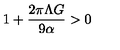
1 + \frac { 2 \pi \Lambda G } { 9 \alpha } > 0